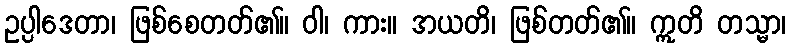
ဥပ္ပါဒေတာ၊ ဖြစ်စေတတ်၏။ ဝါ၊ ကား။ အယတိ၊ ဖြစ်တတ်၏။ ဣတိ တသ္မာ၊